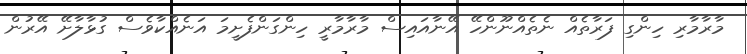
މާރާމާރި ހިންގި ފަރާތެއް ނެތެއްނޫންހޭ އޭނާއައިސް މާރާމާރީ ހިންގަންފެށީމަ އަނެއްކާވެސް ގުޅާލާށޭ އޭރުން